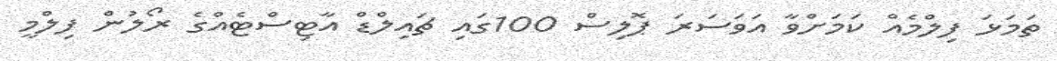
ތަމަޅަ ފިލްމެއް ކަމަށްވާ އަވަސަަރަ ޕޮލިސް 100ގައި ޗައިލްޑް އާޓިސްޓެއްގެ ރޯލުން ފިލްމީ